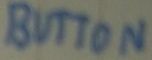
Text: BUTTON